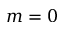
m = 0